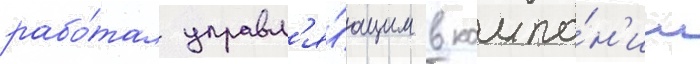
рабо́тал управл'я́ющим в компа́н'ии